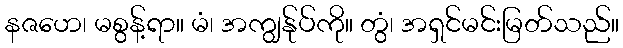
နဇဟေ၊ မစွန့်ရာ။ မံ၊ အကျွန်ုပ်ကို။ တွံ၊ အရှင်မင်းမြတ်သည်။